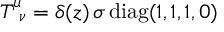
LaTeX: T _ { \; \; \nu } ^ { \mu } = \delta ( z ) \, \sigma \, { \mathrm { d i a g } } ( 1 , 1 , 1 , 0 )